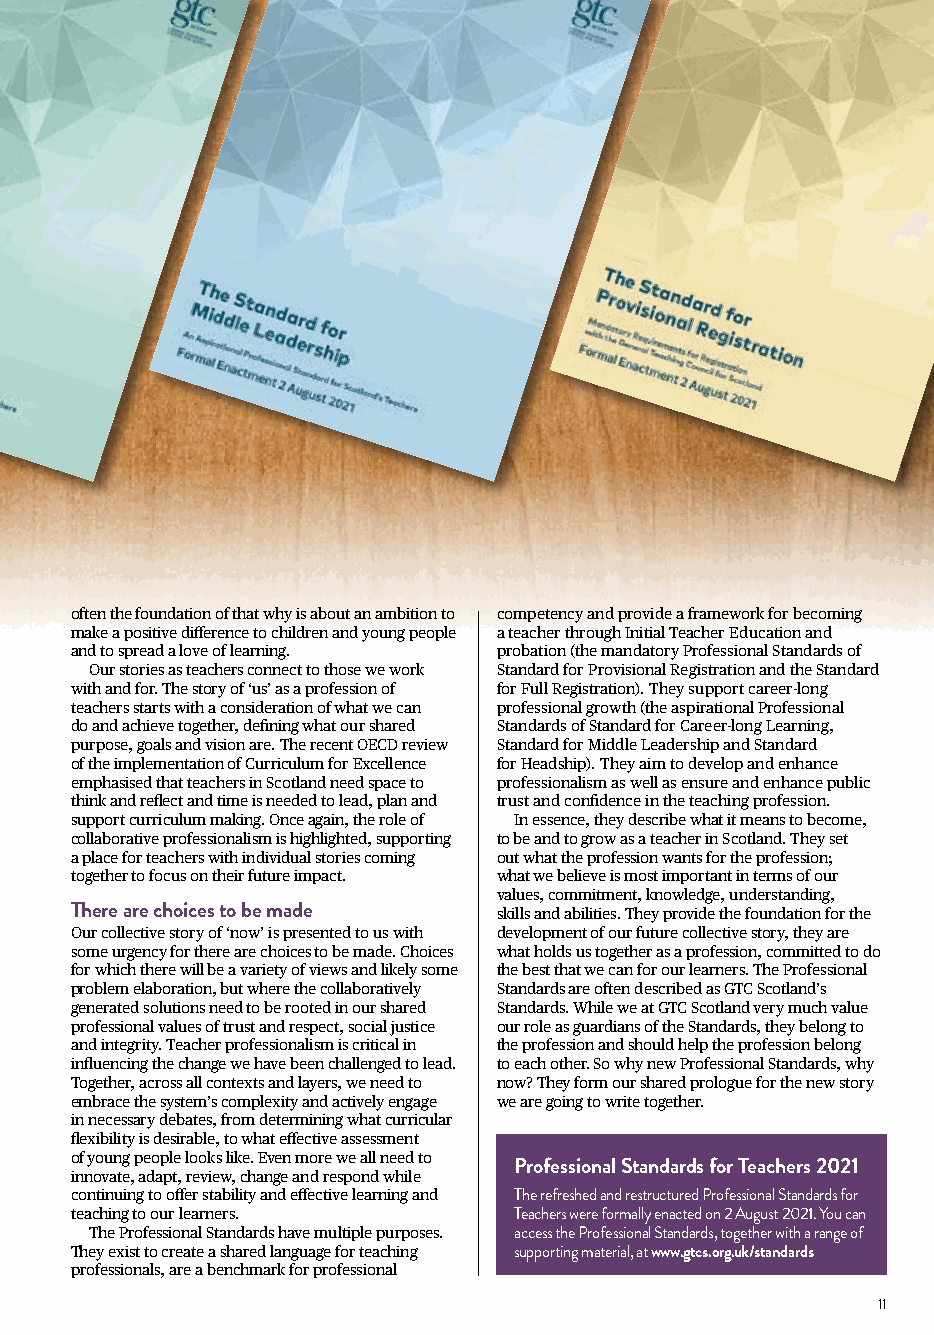
often the foundation of that why is about an ambition to competency and provide a framework for becoming
 make a positive difference to children and young people a teacher through Initial Teacher Education and
 and to spread a love of learning. probation (the mandatory Professional Standards of
 Our stories as teachers connect to those we work Standard for Provisional Registration and the Standard
 with and for. The story of ‘us’ as a profession of for Full Registration). They support career-long
 teachers starts with a consideration of what we can professional growth (the aspirational Professional
 do and achieve together, defining what our shared Standards of Standard for Career-long Learning,
 purpose, goals and vision are. The recent OECD review Standard for Middle Leadership and Standard
 of the implementation of Curriculum for Excellence for Headship). They aim to develop and enhance
 emphasised that teachers in Scotland need space to professionalism as well as ensure and enhance public
 think and reflect and time is needed to lead, plan and trust and confidence in the teaching profession.
 support curriculum making. Once again, the role of In essence, they describe what it means to become,
 collaborative professionalism is highlighted, supporting to be and to grow as a teacher in Scotland. They set
 a place for teachers with individual stories coming out what the profession wants for the profession;
 together to focus on their future impact. what we believe is most important in terms of our
 values, commitment, knowledge, understanding,
 There are choices to be made skills and abilities. They provide the foundation for the
 Our collective story of ‘now’ is presented to us with development of our future collective story, they are
 some urgency for there are choices to be made. Choices what holds us together as a profession, committed to do
 for which there will be a variety of views and likely some the best that we can for our learners. The Professional
 problem elaboration, but where the collaboratively Standards are often described as GTC Scotland’s
 generated solutions need to be rooted in our shared Standards. While we at GTC Scotland very much value
 professional values of trust and respect, social justice our role as guardians of the Standards, they belong to
 and integrity. Teacher professionalism is critical in the profession and should help the profession belong
 influencing the change we have been challenged to lead. to each other. So why new Professional Standards, why
 Together, across all contexts and layers, we need to now? They form our shared prologue for the new story
 embrace the system’s complexity and actively engage we are going to write together.
 in necessary debates, from determining what curricular
 flexibility is desirable, to what effective assessment
 of young people looks like. Even more we all need to
 Professional Standards for Teachers 2021
 innovate, adapt, review, change and respond while
 continuing to offer stability and effective learning and The refreshed and restructured Professional Standards for
 teaching to our learners.    Teachers were formally enacted on 2 August 2021. You can
 The Professional Standards have multiple purposes. access the Professional Standards, together with a range of
 They exist to create a shared language for teaching supporting material, at www.gtcs.org.uk/standards
 professionals, are a benchmark for professional
 11